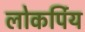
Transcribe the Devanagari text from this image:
लोकर्पिय